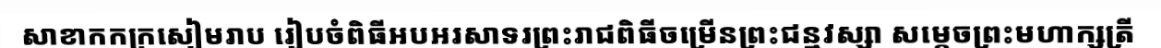
សាខាកកក្រសៀមរាប រៀបចំពិធីអបអរសាទរព្រះរាជពិធីចម្រើនព្រះជន្មវស្សា សម្តេចព្រះមហាក្សត្រី